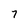
Character: 7